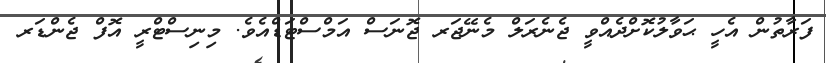
ފަރާތުން އެހީ ޙަވާލުކޮށްދެއްވީ ޖެނެރަލް މެނޭޖަރ ޖޮނަސް އަމްސްޓަޑްއެވެ. މިނިސްޓްރީ އޮފް ޖެންޑަރ